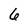
Character: 6